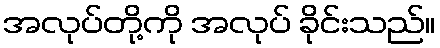
အလုပ်တို့ကို အလုပ် ခိုင်းသည်။